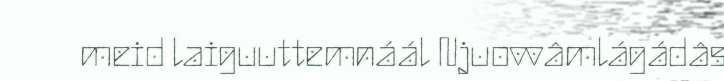
meid laiguuttemnáál Njuovvâmlágádâs